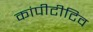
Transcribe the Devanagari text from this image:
कांपीटीटिव